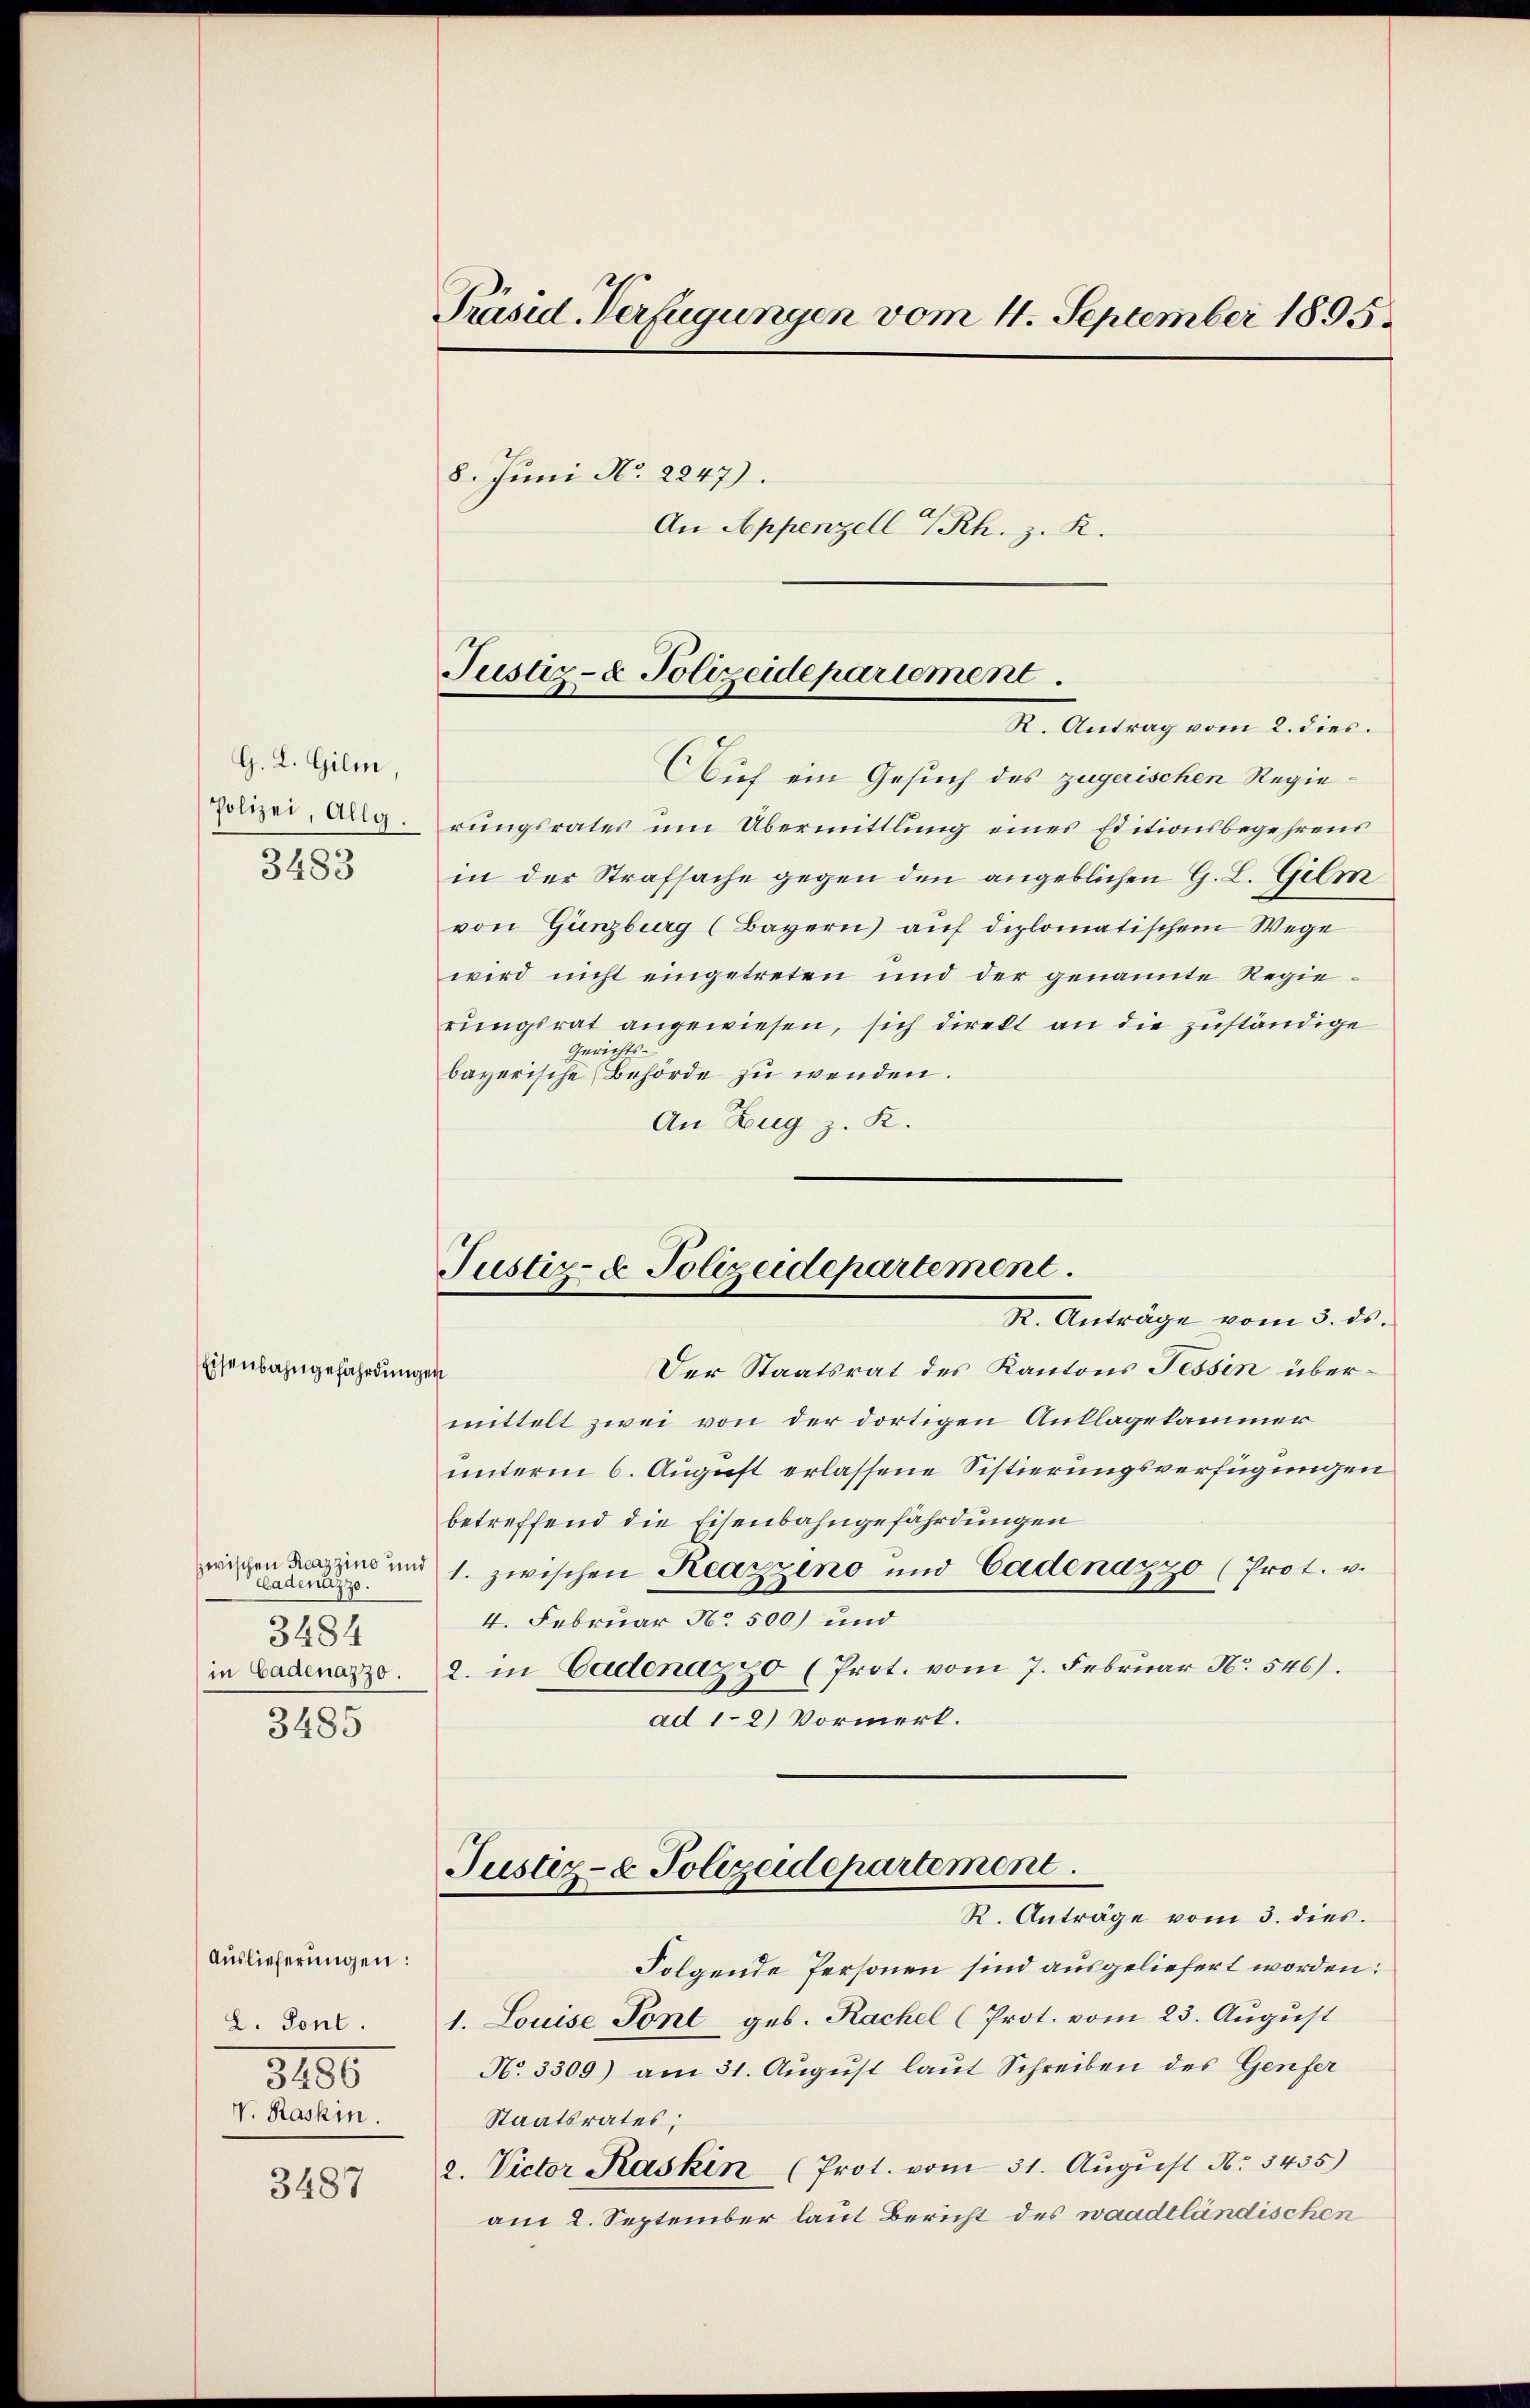
G. L. Gilm,
3483

Eisenbahngefährdungen

eladenüzzo.
3484

3485

Auslieferungen:
L. Pont.
3180
V. Rashin.
3487

Präsid. Verfügungen vom 4. September 1895.
8. Juni No 2247).
An Appenzell 7 Rh. z. R.

Justiz- & Polizeidepartement.

R. Antrag vom 2. dies.
Auf ein Gesuch des zugerischen Regie¬
Polizei, Arg. rungsrates um Übermittlung eines Editionsbegehrens
in der Strafsache gegen den angeblichen G. L. Gilm
von Gunzburg (Bayern) auf diplomatischem Wege
wird nicht eingetreten und der genannte Regierungsrat angewiesen, sich direkt an die zuständige
Gerichts-
bayerische Behörde zu wenden.
An Zug z. K.

Der Staatsrat des Kantons Tessin übermittelt zwei von der dortigen Anklagekammer
unterm 6. August erlassene Sistierungsverfügungen
betreffend die Eisenbahngefährdungen
wischen Lazzins und 1. zwischen Reazzeno und Cadenazzo (Prot. u.
4. Februar No. 500) und
in Ladenazzo. 2. in Cadenazzo (Prot. vom 7. Februar No. 546).
ad 1-2) Vormerk.

Justiz- & Polizeidepartement.
R. Anträge vom 3. ds.

Justiz- & Polizeidepartement
R. Anträge vom 3. dies

Folgende Personen sind ausgeliefert worden:
1. Louise Font geb. Rachel (Prot. vom 23. August
No. 3309) am 31. August laut Schreiben des Genfer
Staatsrates;
2. Victor Kaskin (Prot. vom 31. August No. 3435)
am 2. September laut Bericht des waadtländischen